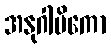
အနုဂါမိကော